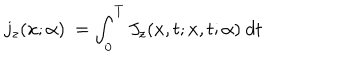
j _ { z } ( x ; \alpha ) \ = \int _ { 0 } ^ { T } J _ { z } ( x , t ; x , t ; \alpha ) \ d t